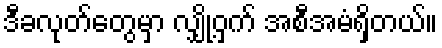
ဒီခလုတ်တွေမှာ လျှို့ဝှက် အစီအမံရှိတယ်။